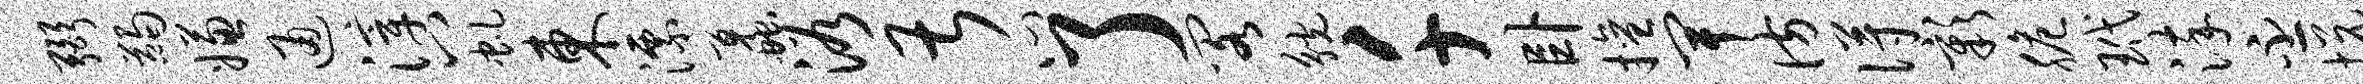
弼蠲嫌通滓八虬东漂蠡浴甚心了阁觥千卧擅卑彷得彰脆玳淬丕悦